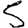
Digit: 5